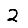
Digit: 2